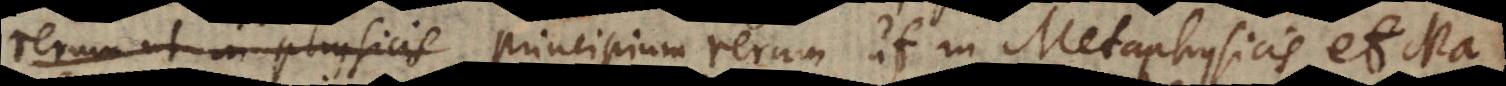
rerum ut in physicis principium rerum ut in Metaphysicis et Ma